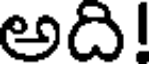
అది!